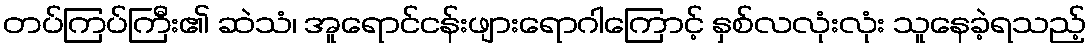
တပ်ကြပ်ကြီး၏ ဆဲသံ၊ အူရောင်ငန်းဖျားရောဂါကြောင့် နှစ်လလုံးလုံး သူနေခဲ့ရသည့်